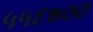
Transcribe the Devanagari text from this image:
५५६७००